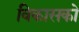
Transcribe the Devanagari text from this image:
विकासको